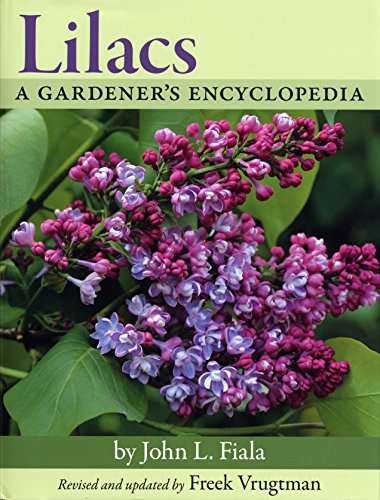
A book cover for Lilacs: A Gardener's Encyclopedia; Fr. John L. Fiala; Crafts, Hobbies & Home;